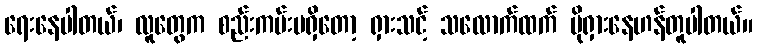
ရေးနေပါတယ်၊ လူတွေက စည်းကမ်းမရှိတော့ ရှားသင့် သလောက်ထက် ပိုရှားနေဟန်တူပါတယ်။